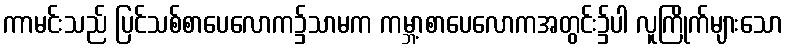
ကာမင်းသည် ပြင်သစ်စာပေလောက၌သာမက ကမ္ဘာ့စာပေလောကအတွင်း၌ပါ လူကြိုက်များသော